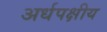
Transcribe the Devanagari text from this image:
अर्धपक्षीय